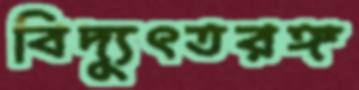
বিদ্যুৎতরঙ্গ